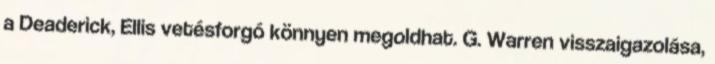
a Deaderick, Ellis vetésforgó könnyen megoldhat. G. Warren visszaigazolása,